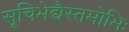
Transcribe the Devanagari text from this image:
सूचिभेद्यैस्तमोभिः